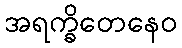
အရက္ခိတေနေဝ